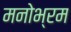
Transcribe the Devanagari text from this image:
मनोभ्रम